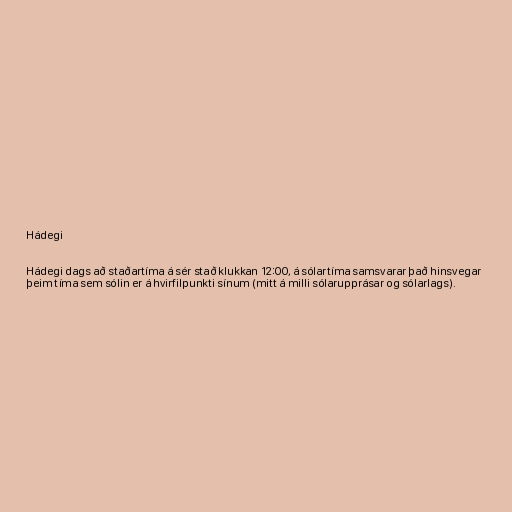
Hádegi

Hádegi dags að staðartíma á sér stað klukkan 12:00, á sólartíma samsvarar það hinsvegar
þeim tíma sem sólin er á hvirfilpunkti sínum (mitt á milli sólarupprásar og sólarlags).